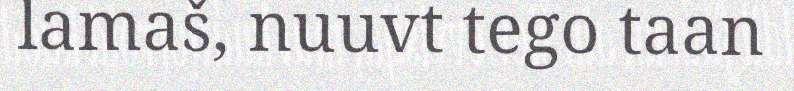
lamaš, nuuvt tego taan